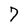
Character: 7